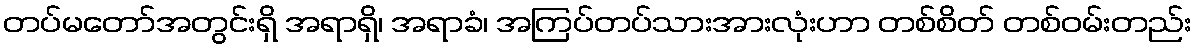
တပ်မတော်အတွင်းရှိ အရာရှိ၊ အရာခံ၊ အကြပ်တပ်သားအားလုံးဟာ တစ်စိတ် တစ်ဝမ်းတည်း